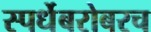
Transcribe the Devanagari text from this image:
स्पर्धेबरोबरच